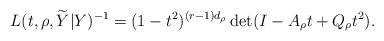
LaTeX: \begin{align*}L(t,\rho,\widetilde{Y}|Y)^{-1} = (1-t^2)^{(r-1)d_{\rho}} \det(I - A_{\rho}t + Q_{\rho}t^2).\end{align*}